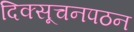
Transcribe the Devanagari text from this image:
दिक्सूचनपठन